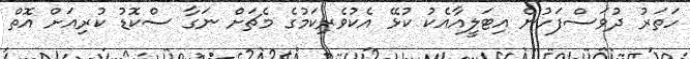
ހަތަރު ދުވަސްފަހުން އިޓަލީއާއެކު ކުޅޭ އެކުވެރިކަމުގެ މެޗަށް ނަގާ ސްކޮޑު ކުރިއަށް އޮތް